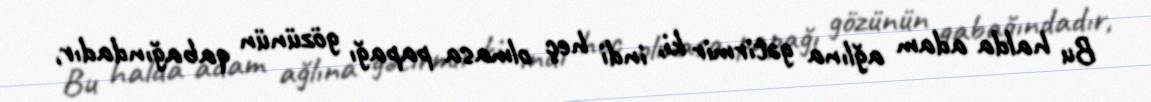
Bu halda adam ağlına gətirmir ki, indi heç olmasa papağı gözünün qabağındadır,